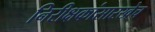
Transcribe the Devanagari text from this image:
निरीक्षकांसारखेच